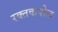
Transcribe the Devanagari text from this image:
रक्तकपोल